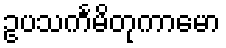
ဥပသင်္ကမိတုကာမော